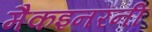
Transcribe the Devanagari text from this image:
मैकइनरनी